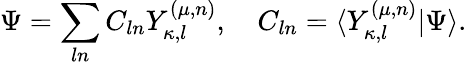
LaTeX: \Psi=\sum_{ln}C_{ln}Y_{\kappa,l}^{(\mu,n)},\quad C_{ln}=\langle Y_{\kappa,l}^{(\mu,n)}|\Psi\rangle.